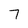
Character: 7